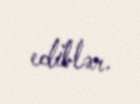
ediblər.